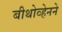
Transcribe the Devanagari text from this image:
बीथोव्हेनने